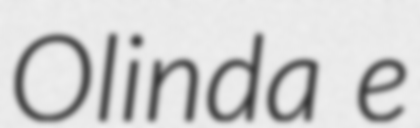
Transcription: Olinda e